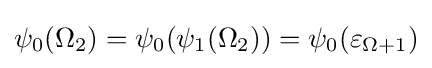
\psi _{0}(\Omega _{2})=\psi _{0}(\psi _{1}(\Omega _{2}))=\psi _{0}(\varepsilon _{\Omega +1})